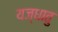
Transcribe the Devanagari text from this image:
यज्धातु